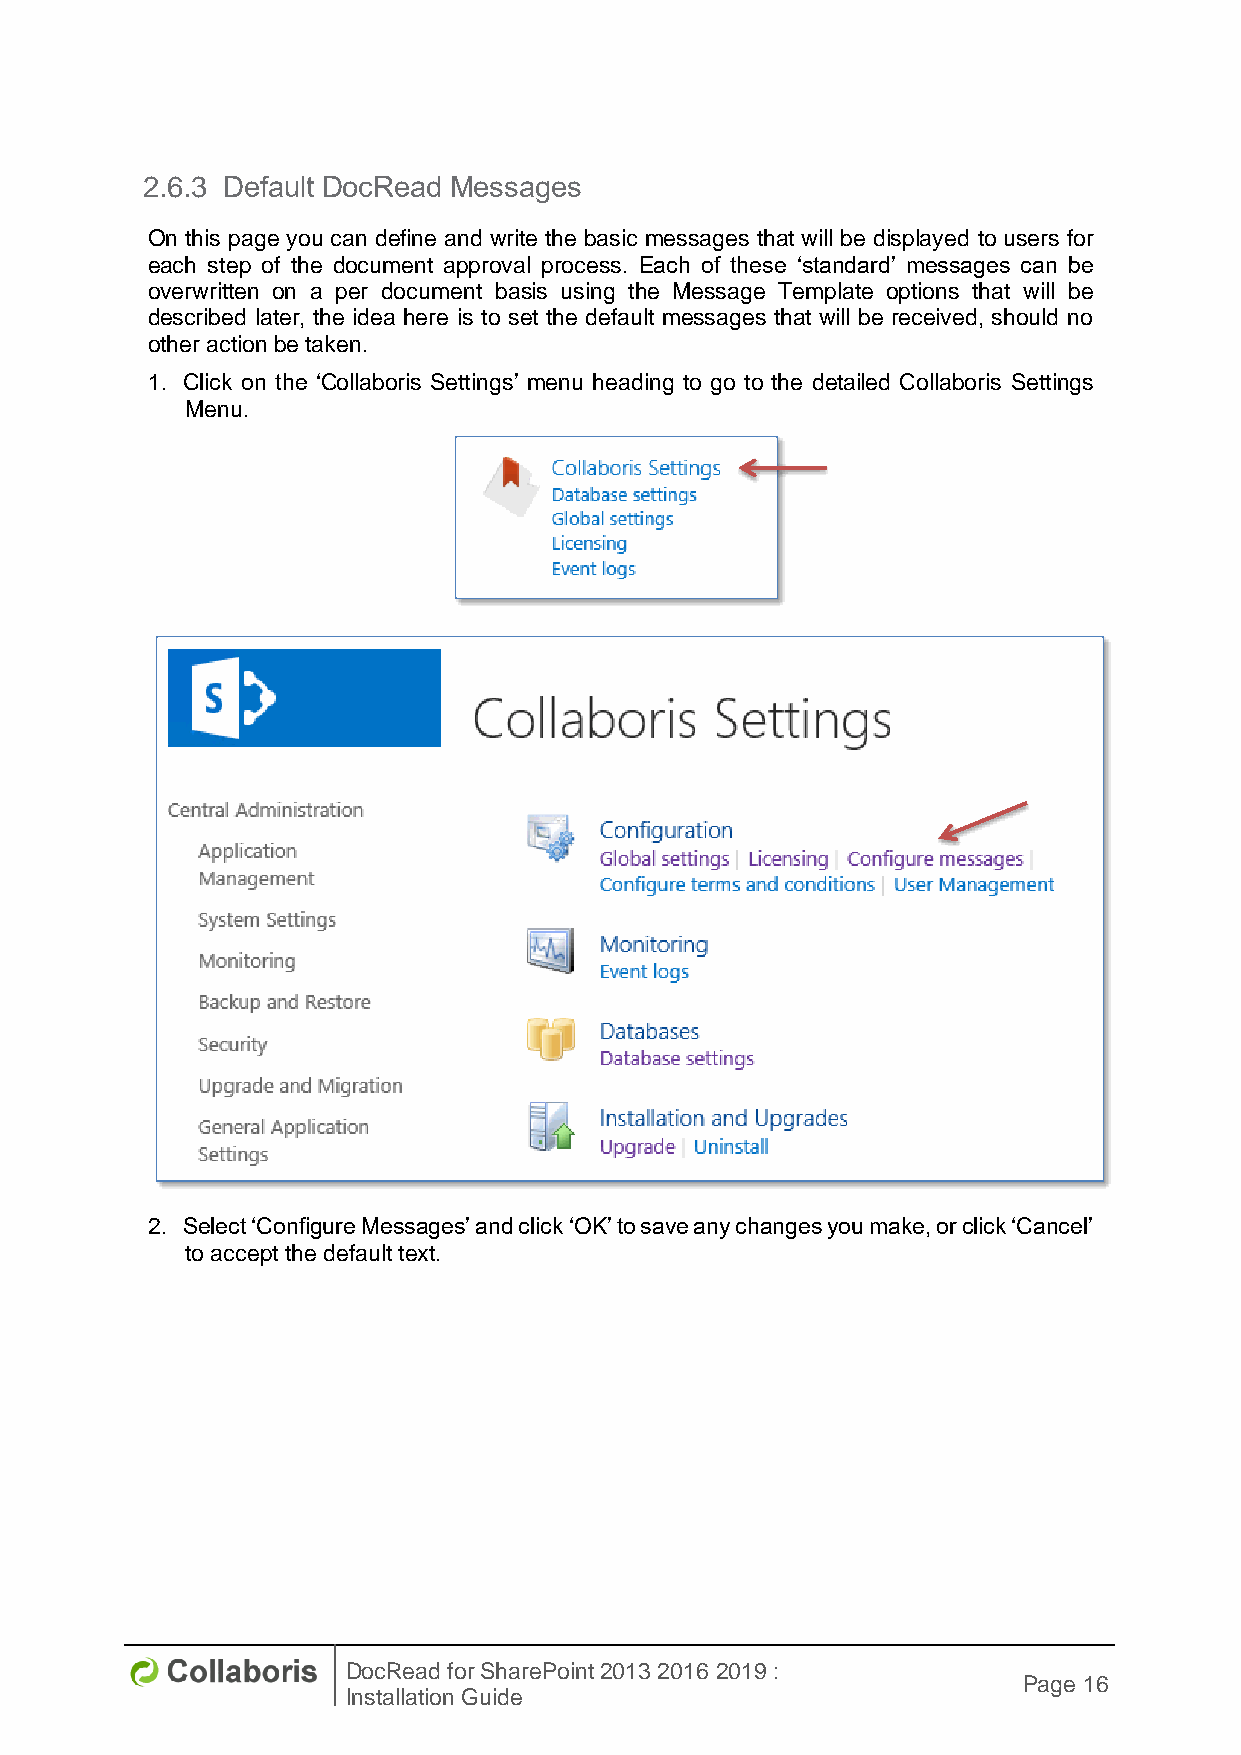
2.6.3 Default DocRead Messages
 On this page you can define and write the basic messages that will be displayed to users for
 each step of the document approval process. Each of these ‘standard’ messages can be
 overwritten on a per document basis using the Message Template options that will be
 described later, the idea here is to set the default messages that will be received, should no
 other action be taken.
 1. Click on the ‘Collaboris Settings’ menu heading to go to the detailed Collaboris Settings
 Menu.
 2. Select ‘Configure Messages’ and click ‘OK’ to save any changes you make, or click ‘Cancel’
 to accept the default text.
 DocRead for SharePoint 2013 2016 2019 :
 Page 16
 Installation Guide